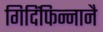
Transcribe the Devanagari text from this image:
गिदिंफिन्‍नानै